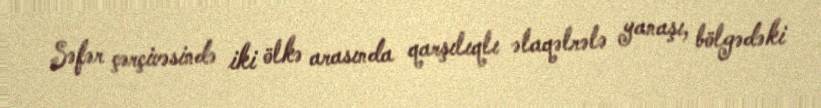
Səfər çərçivəsində iki ölkə arasında qarşılıqlı əlaqəlrələ yanaşı, bölgədəki